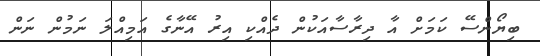
ބިޔޯންސޭ ކަމަށް އާ ދިރާސާއަކުން ދެއްކި އިރު އޭނާގެ އަމިއްލަ ނަމުން ނަން